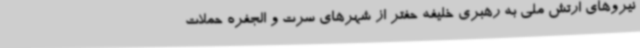
نیروهای ارتش ملی به رهبری خلیفه حفتر از شهرهای سرت و الجفره حملات